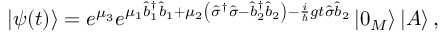
\left\vert \psi ( t ) \right\rangle = e ^ { \mu _ { 3 } } e ^ { \mu _ { 1 } \hat { b } _ { 1 } ^ { \dagger } \hat { b } _ { 1 } + \mu _ { 2 } \left( \hat { \sigma } ^ { \dagger } \hat { \sigma } - \hat { b } _ { 2 } ^ { \dagger } \hat { b } _ { 2 } \right) - \frac { i } { \hslash } g t \hat { \sigma } \hat { b } _ { 2 } } \left\vert 0 _ { M } \right\rangle \left\vert A \right\rangle ,